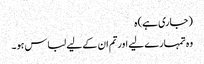
(جاری ہے) ہ
وہ تمہارے لیے اورتم ان کے لیے لباس ہو۔